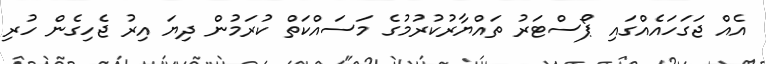
އެއް ޖަގަހައެއްގައި ޕޯސްޓަރު ތައްޔާރުކުރުމުގެ މަސައްކަތް ކުރަމުން ދިޔަ އިރު ޖެހިގެން ހުރި